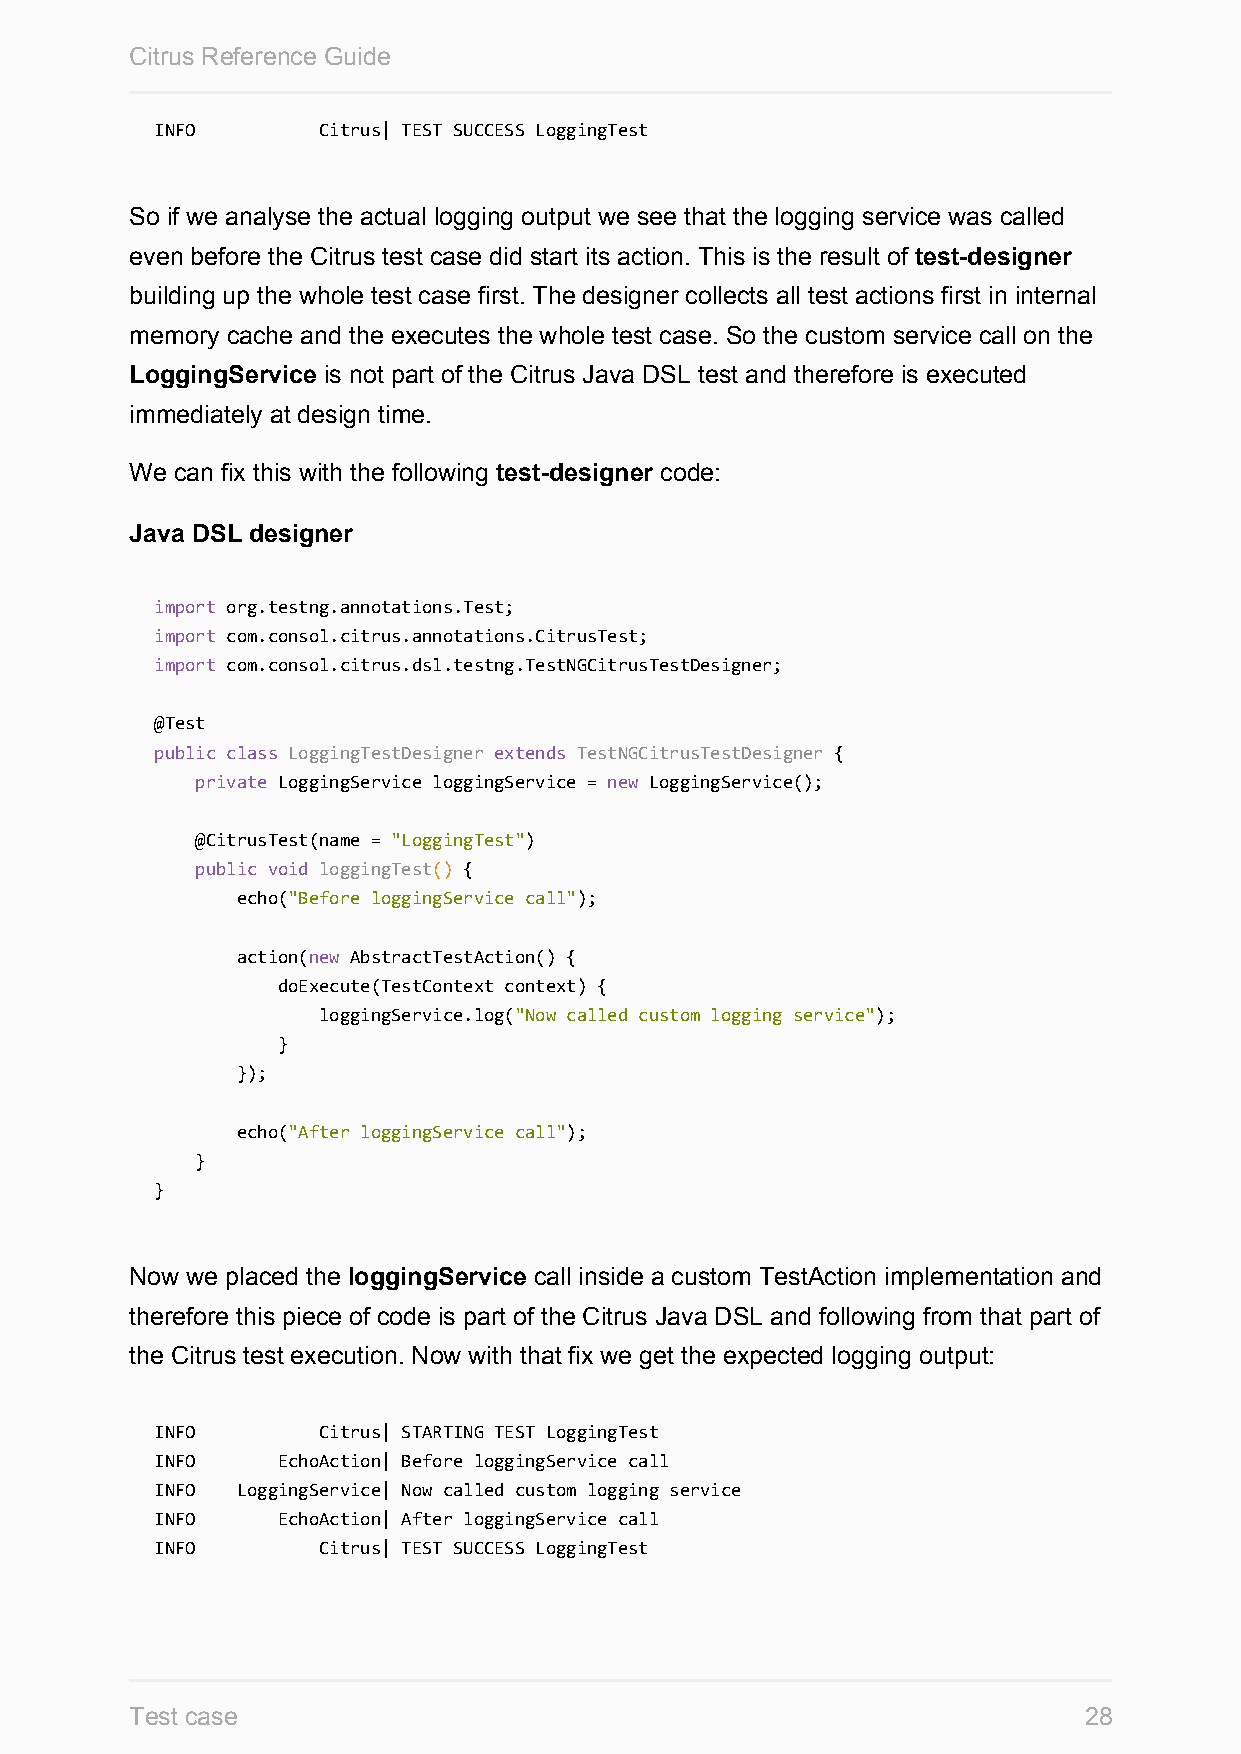
Citrus Reference Guide
 INFO       Citrus| TEST SUCCESS LoggingTest
 So if we analyse the actual logging output we see that the logging service was called
 even before the Citrus test case did start its action. This is the result of test-designer
 building up the whole test case first. The designer collects all test actions first in internal
 memory cache and the executes the whole test case. So the custom service call on the
 LoggingService is not part of the Citrus Java DSL test and therefore is executed
 immediately at design time.
 We can fix this with the following test-designer code:
 Java DSL designer
 import org.testng.annotations.Test;
 import com.consol.citrus.annotations.CitrusTest;
 import com.consol.citrus.dsl.testng.TestNGCitrusTestDesigner;
 @Test
 public class LoggingTestDesigner extends TestNGCitrusTestDesigner {
 private LoggingService loggingService = new LoggingService();
 @CitrusTest(name = "LoggingTest")
 public void loggingTest() {
 echo("Before loggingService call");
 action(new AbstractTestAction() {
 doExecute(TestContext context) {
 loggingService.log("Now called custom logging service");
 }
 });
 echo("After loggingService call");
 }
 }
 Now we placed the loggingService call inside a custom TestAction implementation and
 therefore this piece of code is part of the Citrus Java DSL and following from that part of
 the Citrus test execution. Now with that fix we get the expected logging output:
 INFO       Citrus| STARTING TEST LoggingTest
 INFO    EchoAction| Before loggingService call
 INFO  LoggingService| Now called custom logging service
 INFO    EchoAction| After loggingService call
 INFO       Citrus| TEST SUCCESS LoggingTest
 Test case                                                      28